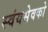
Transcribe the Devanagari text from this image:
स्वंयसेवको